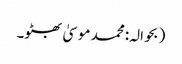
(بحوالہ: محمد موسیٰ بھٹو۔